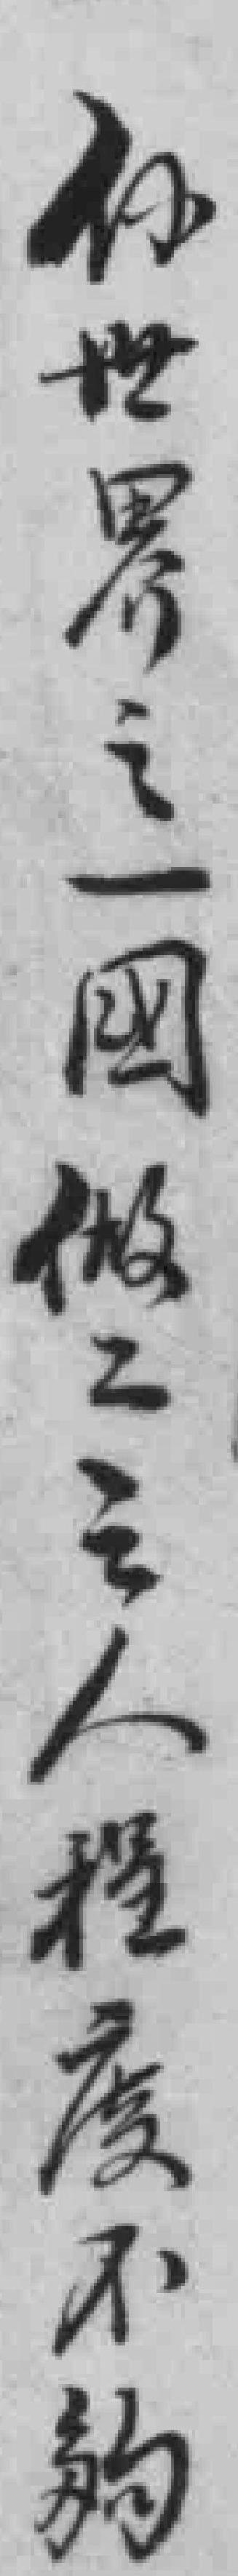
係世界之一国做工之人程度不夠